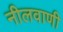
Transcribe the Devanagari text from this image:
नीलवाणी